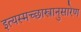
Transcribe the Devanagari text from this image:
इत्यस्मच्छास्त्रानुसारेण